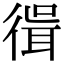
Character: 𢕃